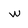
Character: w